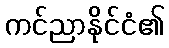
ကင်ညာနိုင်ငံ၏